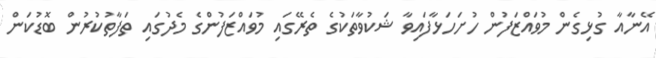
އޭނާއާ ގުޅިގެން މުވައްޒަފުން ހުށަހަޅާފައިވާ ޝަކުވާތަކުގެ ތެރޭގައި މުވައްޒަފުންގެ މެދުގައި ތަފާތުކުރުން ބޮޑުކަން